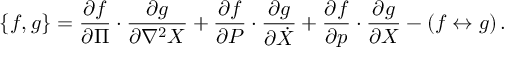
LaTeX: \{ f , g \} = { \frac { \partial f } { \partial \Pi } } \cdot { \frac { \partial g } { \partial \nabla ^ { 2 } X } } + { \frac { \partial f } { \partial P } } \cdot { \frac { \partial g } { \partial \dot { X } } } + { \frac { \partial f } { \partial p } } \cdot { \frac { \partial g } { \partial X } } - ( f \leftrightarrow g ) \, .